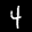
Label: 4